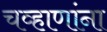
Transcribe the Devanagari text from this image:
चव्हाणांना